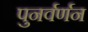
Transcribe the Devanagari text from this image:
पुनर्वर्णन